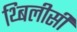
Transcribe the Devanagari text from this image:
थ्बिलीसी